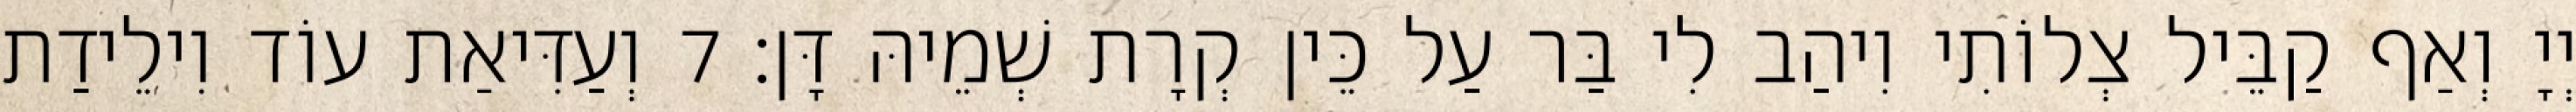
יְיָ וְאַף קַבֵּיל צְלוֹתִי וִיהַב לִי בַּר עַל כֵּין קְרָת שְׁמֵיהּ דָּן׃ 7 וְעַדִּיאַת עוֹד וִילֵידַת